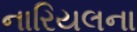
નારિયલના